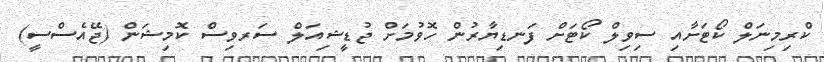
ކްރިމިނަލް ކޯޓަށާއި ސިވިލް ކޯޓަށް ފަނޑިޔާރުން ހޮވުމަށް ޖުޑީޝިއަލް ސަރވިސް ކޮމިޝަން (ޖޭއެސްސީ)